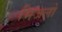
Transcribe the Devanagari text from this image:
भिजलो